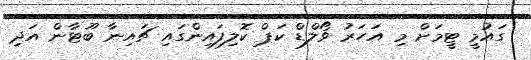
ގައުމީ ޓީމަށް މި އަހަރު ވޯލްޑް ކަޕް ކޮލިފައިންގައި ޗައިނާ ބޫޓާން އަދި